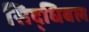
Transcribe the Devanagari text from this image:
सिद्धिबल